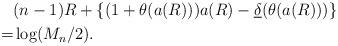
LaTeX: \begin{align*}&(n-1) R + \left\{ (1+\theta(a(R ))) a(R ) - \underline{\delta}(\theta(a(R ))) \right\} \\=& \log (M_n/2).\end{align*}